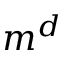
m ^ { d }